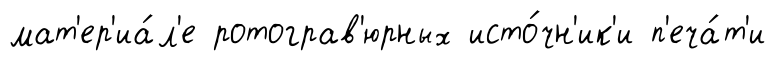
мат'ер'иа́л'е ротограв'юрных исто́чн'ик'и п'еча́т'и